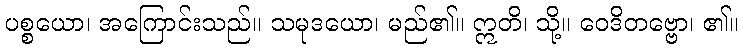
ပစ္စယော၊ အကြောင်းသည်။ သမုဒယော၊ မည်၏။ ဣတိ၊ သို့။ ဝေဒိတဗ္ဗော၊ ၏။